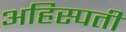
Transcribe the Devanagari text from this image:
अहिस्पती